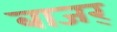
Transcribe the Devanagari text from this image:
बाजर्